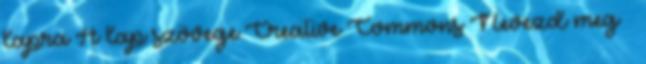
lapra A lap szövege Creative Commons Nevezd meg –